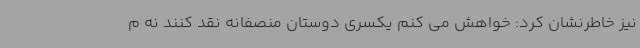
نیز خاطرنشان کرد: خواهش می کنم یکسری دوستان منصفانه نقد کنند نه م